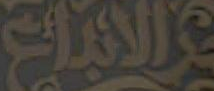
الابداع